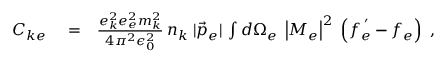
\begin{array} { r l r } { C _ { k e } } & { { } = } & { \frac { e _ { k } ^ { 2 } e _ { e } ^ { 2 } m _ { k } ^ { 2 } } { 4 \pi ^ { 2 } \epsilon _ { 0 } ^ { 2 } } \, n _ { k } \; | \vec { p } _ { e } | \, \int d \Omega _ { e } \; \left| M _ { e } \right| ^ { 2 } \; \left( f _ { e } ^ { \; ^ { \prime } } - f _ { e } \right) \; , } \end{array}